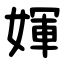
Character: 媈